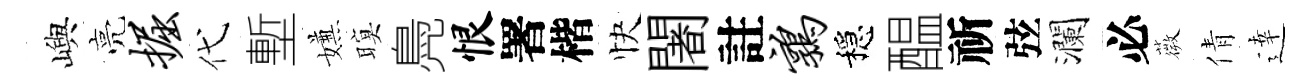
嶼亮掘代塹嫌暝鳧恨署楷快闍註鹑穩醖祈弦瀾必薇倩逹